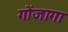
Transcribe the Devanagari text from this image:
गोंजागा